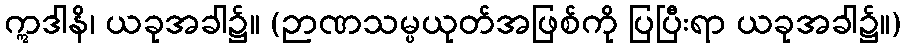
ဣဒါနိ၊ ယခုအခါ၌။ (ဉာဏသမ္ပယုတ်အဖြစ်ကို ပြပြီးရာ ယခုအခါ၌။)